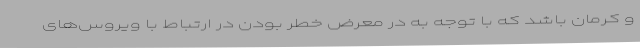
و کرمان باشد که با توجه به در معرض خطر بودن در ارتباط با ویروس‌های